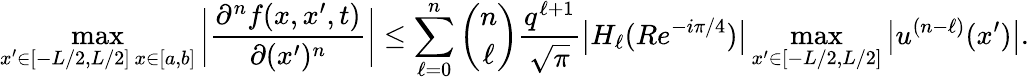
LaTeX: \operatorname*{max}_{\substack{x^{\prime}\in[-L/2,L/2]\, x\in[a,b]}}\bigg|\frac{\partial^{n}f(x,x^{\prime},t)}{\partial(x^{\prime})^{n}}\bigg|\leq\sum_{\ell=0}^{n}\binom{n}{\ell}\frac{q^{\ell+1}}{\sqrt{\pi}}\big|H_{\ell}(Re^{-i\pi/4})\big|\operatorname*{max}_{x^{\prime}\in[-L/2,L/2]}\big|u^{(n-\ell)}(x^{\prime})\big|.